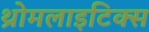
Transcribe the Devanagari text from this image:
थ्रोमलाइटिक्स